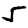
Digit: 5